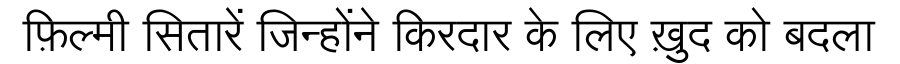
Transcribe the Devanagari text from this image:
फ़िल्मी सितारें जिन्होंने किरदार के लिए ख़ुद को बदला